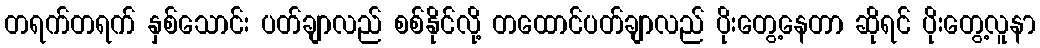
တရက်တရက် နှစ်သောင်း ပတ်ချာလည် စစ်နိုင်လို့ တထောင်ပတ်ချာလည် ပိုးတွေ့နေတာ ဆိုရင် ပိုးတွေ့လူနာ